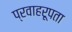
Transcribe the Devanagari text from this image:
प्रवाहरूपता